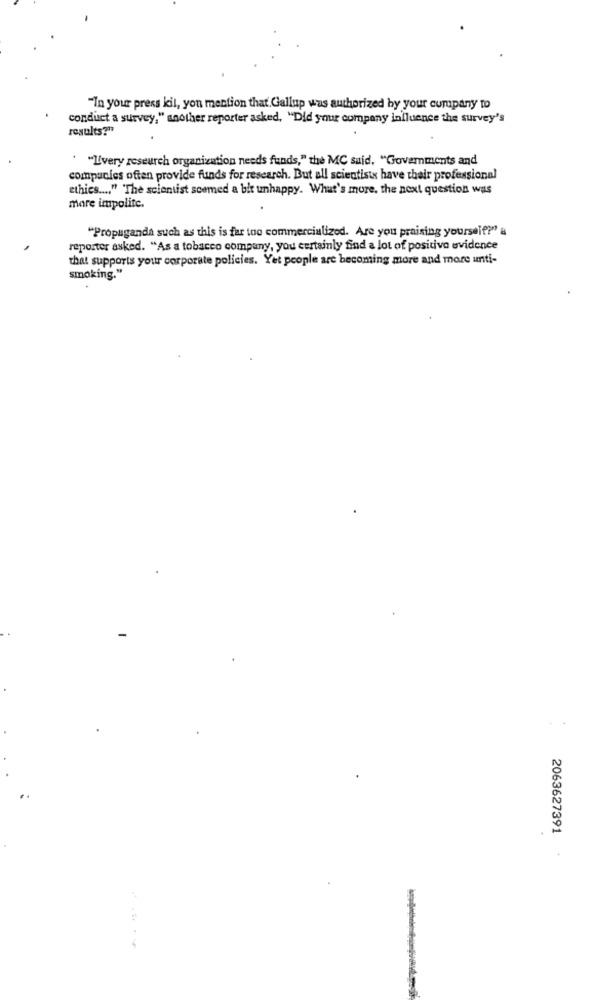
"In your press kil, you mention that Gallup was authorized by your company to
conduct a survey," another reporter asked, "Did your company influence the survey's
results?"
" "I'very research organization needs funds," the MC said. "Governments and
companies often provide funds for research. But all scientists have their professional
ethics .... " The scientist scemed a bit unhappy. What's more, the next question was
mare impolite.
"Propaganda such as this is far too commercialized. Are you praising yourself?" a
reporter asked. "As a tobacco company, you certainly find a lot of positivo evidence
that supports your corporate policies. Yet people are becoming more and more unti-
smoking."
2063627391
-